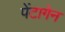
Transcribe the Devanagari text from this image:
पेंटागेन